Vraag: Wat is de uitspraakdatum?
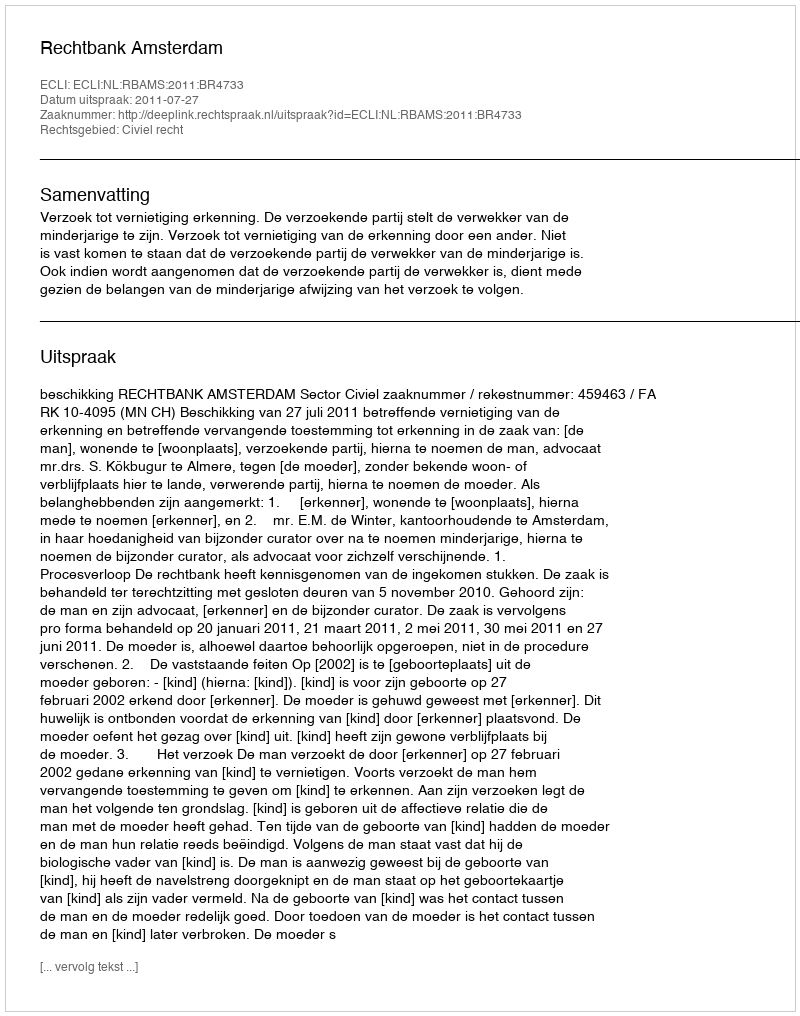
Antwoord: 2011-07-27